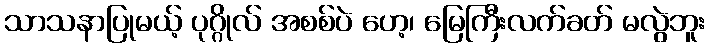
သာသနာပြုမယ့် ပုဂ္ဂိုလ် အစစ်ပဲ ဟေ့၊ မြေကြီးလက်ခတ် မလွဲဘူး